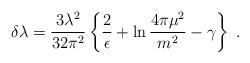
LaTeX: \begin{align*}\delta \lambda =\frac{3\lambda^2}{32\pi^2}\left\{\frac{2}{\epsilon}+\ln{\frac{4\pi\mu^2}{m^2}}-\gamma\right\} \; .\end{align*}